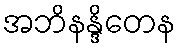
အဘိနန္ဒိတေန